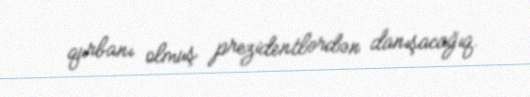
qurbanı olmuş prezidentlərdən danışacağıq.